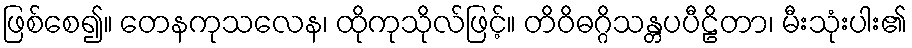
ဖြစ်စေ၍။ တေနကုသလေန၊ ထိုကုသိုလ်ဖြင့်။ တိဝိဓဂ္ဂိသန္တပပီဠိတာ၊ မီးသုံးပါး၏